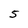
Character: 5